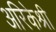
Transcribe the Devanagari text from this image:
अरिकेश्री